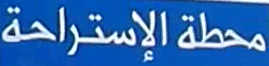
محطة الإستراحة